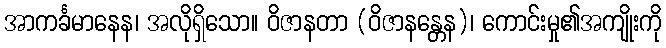
အာကင်္ခမာနေန၊ အလိုရှိသော။ ဝိဇာနတာ (ဝိဇာနန္တေန)၊ ကောင်းမှု၏အကျိုးကို